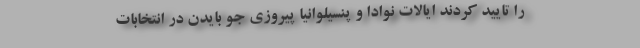
را تایید کردند ایالات نوادا و پنسیلوانیا پیروزی جو بایدن در انتخابات